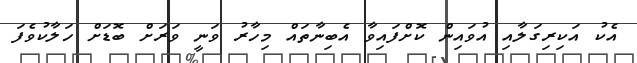
އެކު އަކިރިގަލާއި އުވައިން ކޮށްފައިވާ އެބިނާތައް މިހާރު ވަނީ ވަރަށް ބޮޑަށް ހަލާކުވެފަ